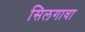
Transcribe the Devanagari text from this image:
सिलगावा